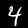
Digit: 4